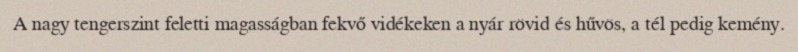
A nagy tengerszint feletti magasságban fekvő vidékeken a nyár rövid és hűvös, a tél pedig kemény.